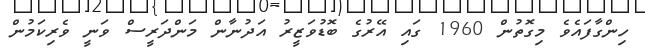
ހިންގާފައެވެ މިގޮތުން 1960 ގައި އޭރުގެ ބޮޑުވަޒީރު އަދުނާން މަންދަރީސް ވަނީ ވެރިކަމުން